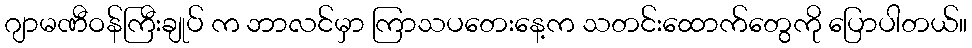
ဂျာမဏီဝန်ကြီးချုပ် က ဘာလင်မှာ ကြာသပတေးနေ့က သတင်းထောက်တွေကို ပြောပါတယ်။